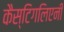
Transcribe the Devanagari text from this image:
कैस्टिगलिएनी